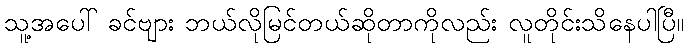
သူ့အပေါ် ခင်ဗျား ဘယ်လိုမြင်တယ်ဆိုတာကိုလည်း လူတိုင်းသိနေပါပြီ။